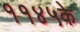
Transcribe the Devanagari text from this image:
११४५के